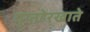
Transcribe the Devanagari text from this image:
गुप्तहेरखाते